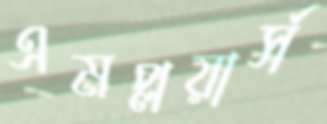
এমপ্লয়ার্স